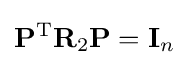
\mathbf {P} ^{\mathrm {T} }\mathbf {R} _{2}\mathbf {P} =\mathbf {I} _{n}